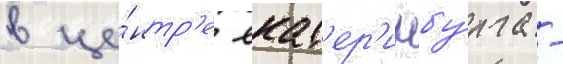
в це́нтр'е екат'ер'инбу́рга -